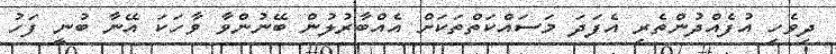
ދިވެހި އުފެއްދުންތެރި އެފަދަ މަސައްކަތްތަކަށް އެއްބާރުލުން ބޭނުންވާ ވާހަކަ އޭނާ ބުނީ ފަހު